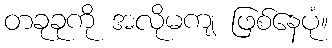
တခုခုကို အလိုမကျ ဖြစ်နေပုံ။